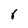
Character: 6